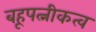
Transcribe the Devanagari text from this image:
बहूपत्नीकत्व